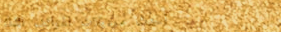
أحدث موديلات الهواتف الذك